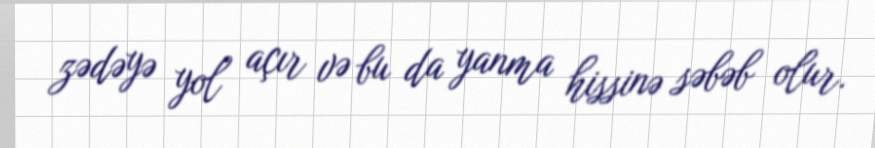
zədəyə yol açır və bu da yanma hissinə səbəb olur.